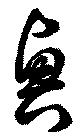
興